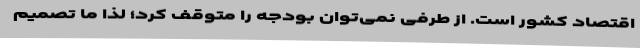
اقتصاد کشور است. از طرفی نمی‌توان بودجه را متوقف کرد؛ لذا ما تصمیم